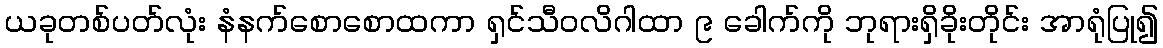
ယခုတစ်ပတ်လုံး နံနက်စောစောထကာ ရှင်သီဝလိဂါထာ ၉ ခေါက်ကို ဘုရားရှိခိုးတိုင်း အာရုံပြု၍